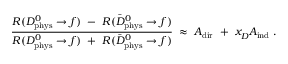
\frac { { \cal R } ( D _ { \mathrm { p h y s } } ^ { 0 } \rightarrow f ) ~ - ~ { \cal R } ( \bar { D } _ { \mathrm { p h y s } } ^ { 0 } \rightarrow f ) } { { \cal R } ( D _ { \mathrm { p h y s } } ^ { 0 } \rightarrow f ) ~ + ~ { \cal R } ( \bar { D } _ { \mathrm { p h y s } } ^ { 0 } \rightarrow f ) } \; \approx \; { \cal A } _ { \mathrm { d i r } } ~ + ~ x _ { D } ^ { ~ } { \cal A } _ { \mathrm { i n d } } \; .